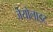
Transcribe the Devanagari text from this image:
जेयोलाइट